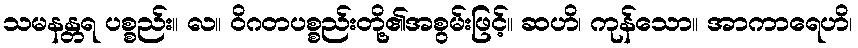
သမနန္တရ ပစ္စည်း။ လ။ ဝိဂတပစ္စည်းတို့၏အစွမ်းဖြင့်။ ဆဟိ၊ ကုန်သော။ အာကာရေဟိ၊